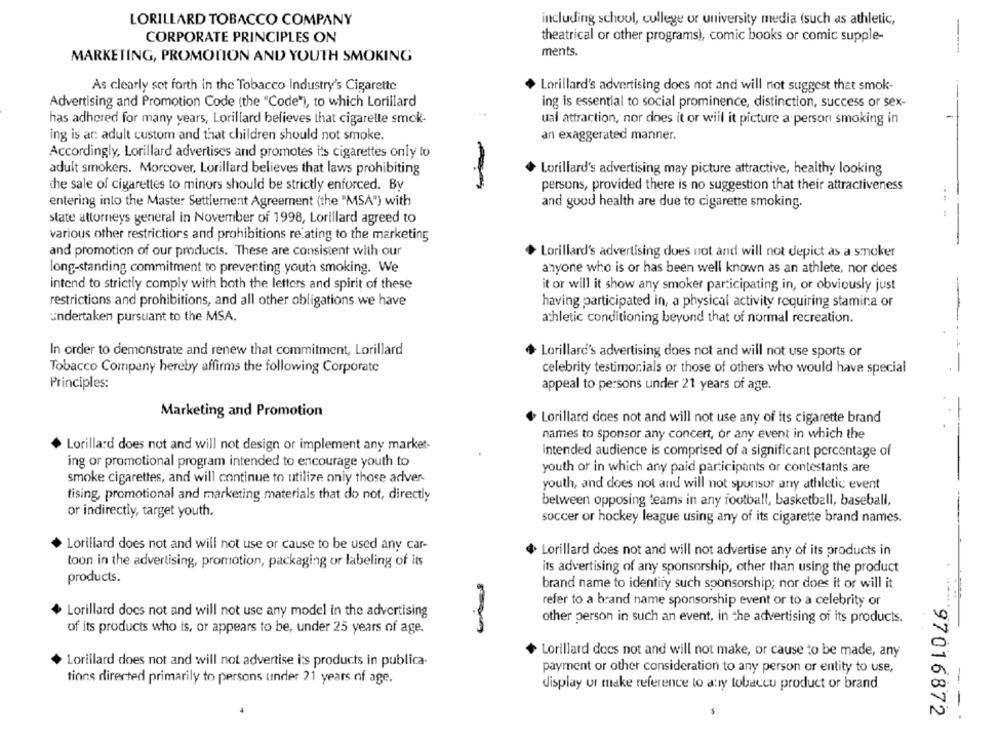
LORILLARD TOBACCO COMPANY
including school, college or university media (such as athletic,
theatrical or other programs), comic books or comic supple-
CORPORATE PRINCIPLES ON
ments.
---
MARKETING, PROMOTION AND YOUTH SMOKING
As clearly set forth in the Tobacco Industry's Cigarette
Lorillard's advertising does not and will not suggest that smok-
Advertising and Promotion Code (the "Code"), to which Lorillard
ing is essential to social prominence, distinction, success or sex-
has adhered for many years, Lorillard believes that cigarelle smok-
ual attraction, nor does it or will it picture a person smoking in
ing is ar: adult custom and that children should not smoke.
an exaggerated manner.
Accordingly, Lorillard advertises and promotes its cigarettes only to
adult smokers. Morcover, Lorillard believes that laws prohibiting
Lorillard's advertising may picture attractive, healthy looking
persons, provided there is no suggestion that their attractiveness
the sale of cigarettes to minors should be strictly enforced. By
entering into the Master Settlement Agreement (the "MSA") with
and good health are due to cigarette smoking.
slate attorneys general in November of 1998, Lorillard agreed to
various other restrictions and prohibitions relating to the marketing
and promotion of our products. These are consistent with our
Lorillard's advertising does not and will not depict as a smoker
long-standing commitment to preventing youth smoking. We
anyone who is or has been well known as an athlete, nor does
intend to strictly comply with both the letters and spirit of these
it or will it show any smoker participating in, or obviously just
restrictions and prohibitions, and all other obligations we have
having participated in, a physical activity requiring stamina or
undertaken pursuant to the MSA.
athletic conditioning beyond that of normal recreation.
In order to demonstrate and renew that commitment, Lorillard
Lorillard's advertising does not and will not use sports or
Tobacco Company hereby affirms the following Corporate
celebrity testimonials or those of others who would have special
Principles:
appeal to persons under 21 years of age.
Marketing and Promotion
Lorillard does not and will not use any of its cigarette brand
names to sponsor any concert, or any event in which the
Lorillard does not and will not design or implement any market-
intended audience is comprised of a significant percentage of
ing or promotional program intended to encourage youth to
youth or in which any paid participants or contestants are
smoke cigarettes, and will continue to utilize only those adver-
youth, and does not and will not sponsor any athletic event
tising, promotional and marketing materials that do not, directly
between opposing teams in any football, basketball, baseball,
or indirectly, target youth.
soccer or hockey league using any of its cigarette brand names.
Lorillard does not and will not use or cause to be used any car-
Lorillard does not and will not advertise any of its products in
toon in the advertising, promotion, packaging or labeling of its
its advertising of any sponsorship, other than using the product
products.
brand name to identity such sponsorship; nor does it or will it
refer to a brand name sponsorship event or to a celebrity or
Lorillard does not and will not use any model in the advertising
other person in such an event, in the advertising of its products.
of its products who is, or appears to be, under 25 years of age.
Lorillard does not and will not make, or cause to be made, any
Lorillard does not and will not advertise i's products in publica-
payment or other consideration to any person or entity to use,
tions directed primarily to persons under 21 years of age.
display us make reference to any tobacco product or brand
97016872
- - -